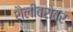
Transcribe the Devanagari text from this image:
शैलीबरोबर